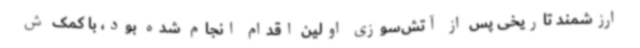
ارزشمند تاریخی پس از آتش‌سوزی اولین اقدام انجام شده بود، با کمک ش